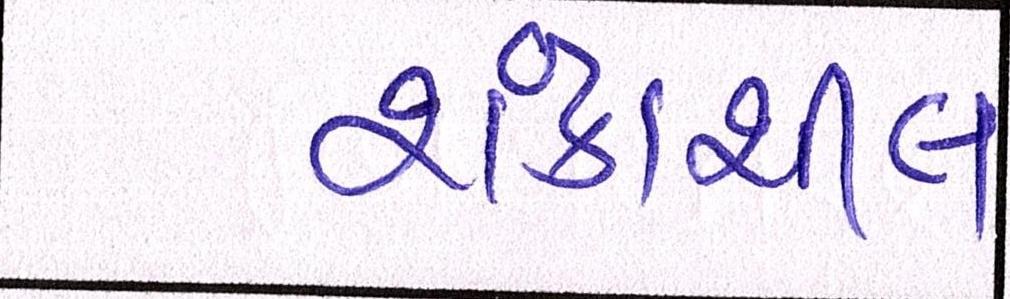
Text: શંકાશીલ